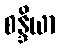
စန္ဒိယာ